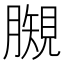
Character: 𧡯